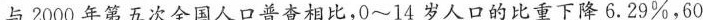
与2000年第五次全国人口普查相比，0~14岁人口的比重下降6.29%，60